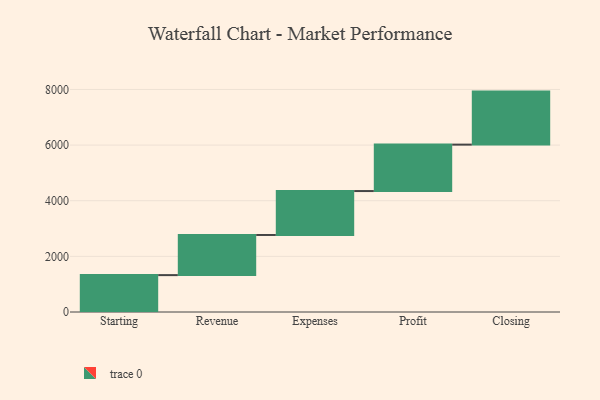
{"axis": {"x": "Step", "y": "Value"}, "legend": [""], "data": [{"x": "Starting", "y": 1326.0, "type": ""}, {"x": "Revenue", "y": 1443.0, "type": ""}, {"x": "Expenses", "y": 1579.0, "type": ""}, {"x": "Profit", "y": 1669.0, "type": ""}, {"x": "Closing", "y": 1906.0, "type": ""}]}